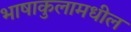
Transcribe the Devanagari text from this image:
भाषाकुलामधील